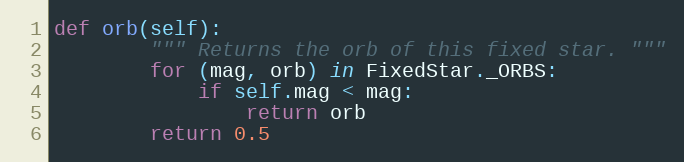
Language: Python
def orb(self):
        """ Returns the orb of this fixed star. """
        for (mag, orb) in FixedStar._ORBS:
            if self.mag < mag:
                return orb
        return 0.5